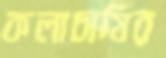
কলাচাষির